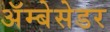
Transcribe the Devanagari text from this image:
अॅम्बेसेडर